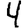
Digit: 4